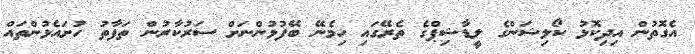
އެގޮތުން އިދިކޮޅު ކޯލިޝަންގެ ލީޑާޝިޕްގެ ތެރޭގައި ހިމެނޭ ބޭފުޅުންނަށް ސަރުކާރުން ތަފާތު ހުށައެޅުންތައް